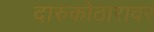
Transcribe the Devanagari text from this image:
दारुकोठारावर